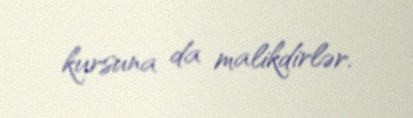
kursuna da malikdirlər.